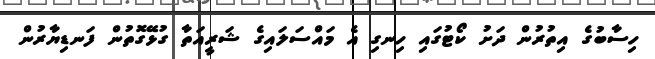
ހިސާބުގެ އިތުރުން ދަށު ކޯޓުގައި ހިނގި އެ މައްސަލައިގެ ޝަރީއަތާ ގުޅޭގޮތުން ފަނޑިޔާރުން